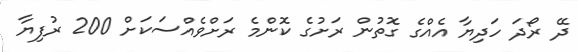
ދޭ ރޯދަ ހަދިޔާ އެއްގެ ގޮތުން ރަށުގެ ކޮންމެ ރަށްވެއްސަކަށް 200 ރުފިޔާ